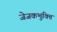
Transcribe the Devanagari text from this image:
जेजकभुक्ति